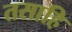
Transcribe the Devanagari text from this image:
तसाहि